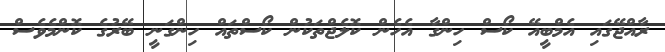
ރާއްޖޭގައި އެމްބީއޭ ކޯސް ހިންގާ އެހެން ކޮލެޖްތަކުން ކޯސްތައް ހިންގަނީ ބޭރުގެ ކޮންމެވެސް